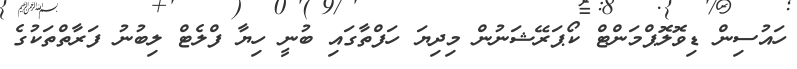
ހައުސިން ޑިވޮލޮޕްމަންޓް ކޯޕަރޭޝަނުން މިިދިޔަ ހަފްތާގައި ބުނީ ހިޔާ ފްލެޓް ލިބުނު ފަރާތްތަކުގެ